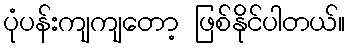
ပုံပန်းကျကျတော့ ဖြစ်နိုင်ပါတယ်။